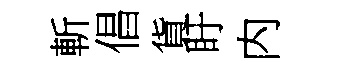
斬倡貨盱内